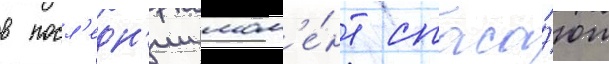
в посл'едн'ии мом'е́нт спаса́ют